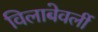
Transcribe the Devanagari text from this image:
विलाबेवर्ली